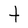
Character: t